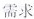
需求